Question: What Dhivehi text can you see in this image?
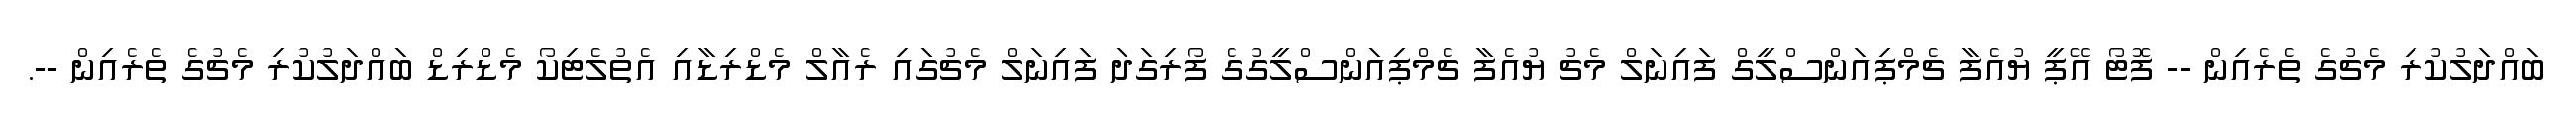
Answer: ބައްދަލުކުރި މެޗުގެ ތެރެއިން -- ފޮޓޯ އޭޕީ ޔުއެފާ ޗެމްޕިއަންސްލީގް ފައިނަލް މެޗު ޔުއެފާ ޗެމްޕިއަންސްލީގުގެ ފޯރިގަދަ ފައިނަލް މެޗުގައި ރެއާލް މެޑްރިޑާއި އެތުލެޓިކޯ މެޑްރިޑް ބައްދަލުކުރި މެޗުގެ ތެރެއިން --.